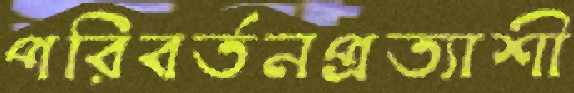
পরিবর্তনপ্রত্যাশী